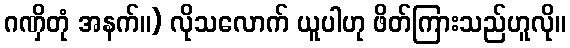
ဂဏှိတုံ အနက်။) လိုသလောက် ယူပါဟု ဖိတ်ကြားသည်ဟူလို။